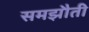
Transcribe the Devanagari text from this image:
समझौती